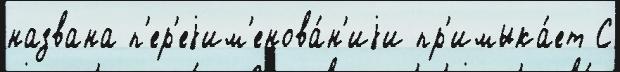
названа п'ер'еjим'енова́н'иjи пр'имыка́ет С